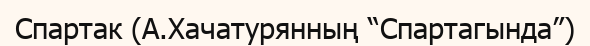
Спартак (А.Хачатурянның “Спартагында”)